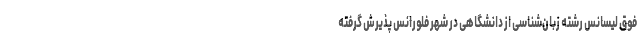
فوق لیسانس رشته زبان‌شناسی‌‌ از دانشگاهی در شهر فلورانس پذیرش گرفته